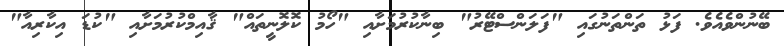
ބޭނުންވެއެވެ. ފަޅު ތަންތަނުގައި "ފަލަންސްޓޭރު" ބިނާކުރުމަށާއި "ހޯމު ކޮލޮނީތައް" ޤާއިމްކުރުމަށާއި "ކުޑަ އިކާރިއާ"